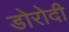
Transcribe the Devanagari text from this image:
डोरोदी